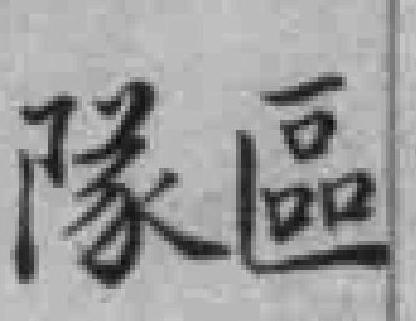
隊區